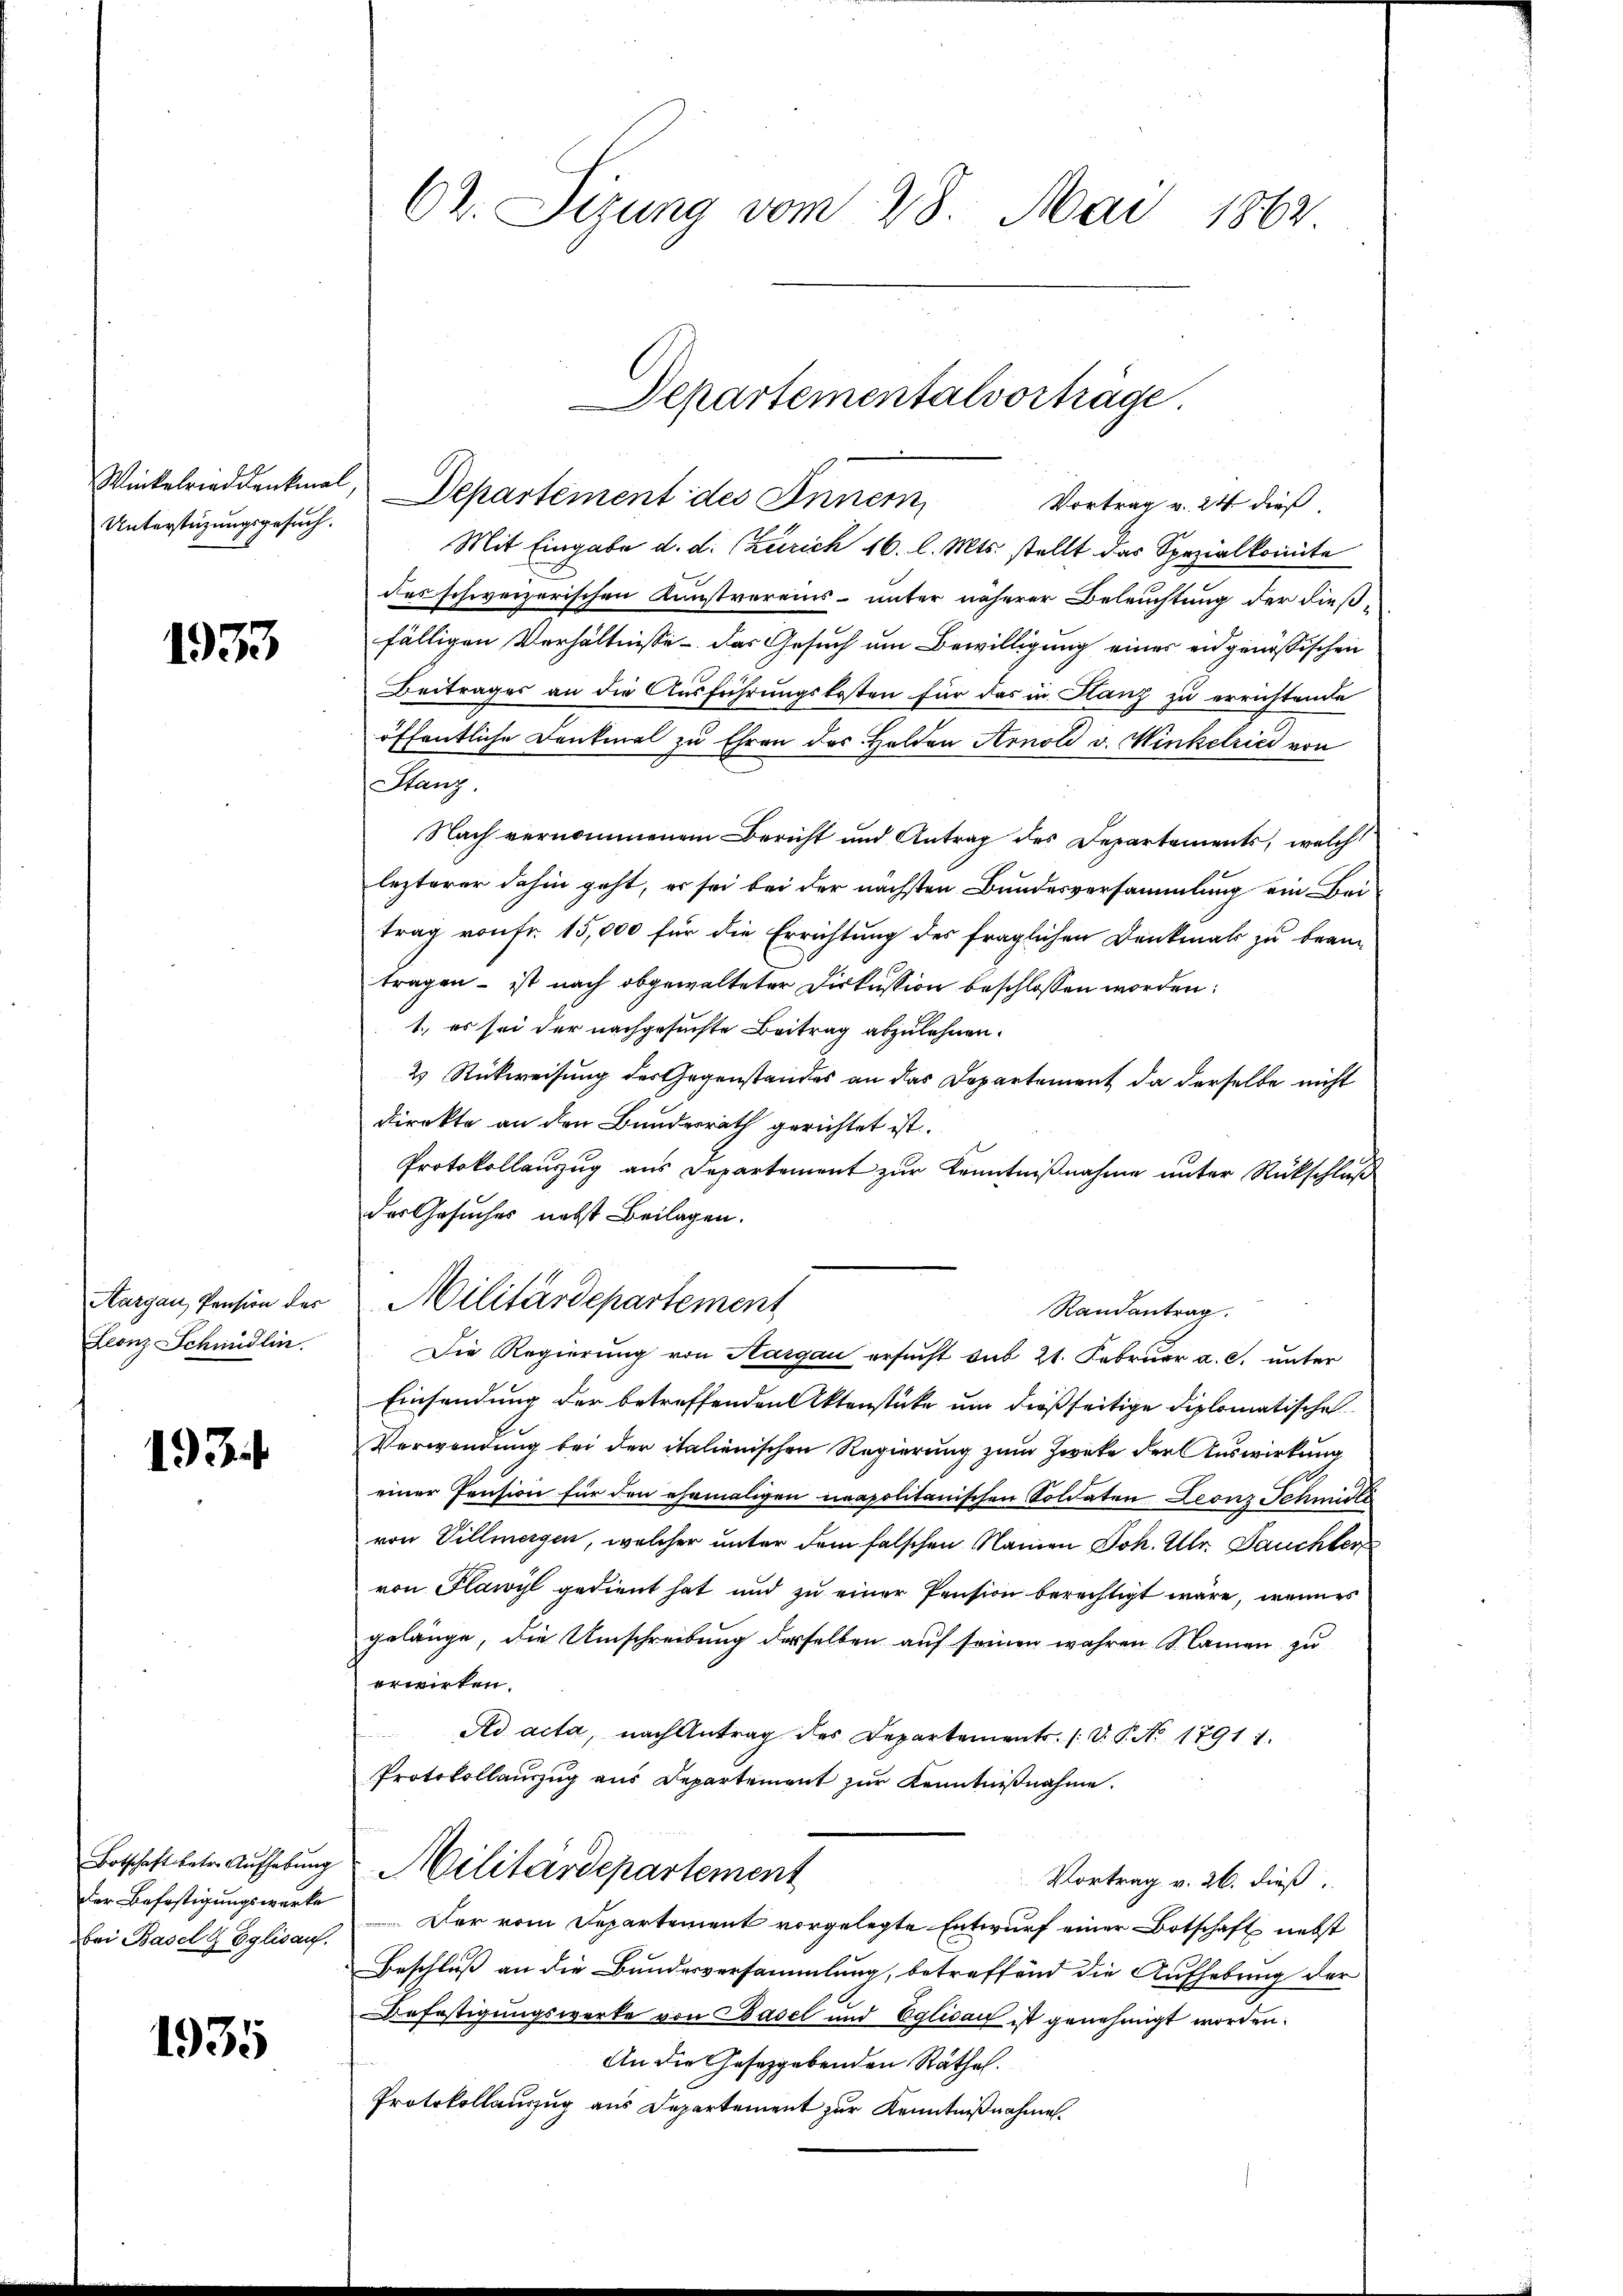
Unterstüzungsgesuch.

1933

Aargau, Pension des
Leonz Schmidlin.

193.

Botschaft betr. Aufhebung
Der Befestigungswerke
bei Basel & Eglisauf.

1935

62. Sizung vom 28. Mai 1862

Winkelrieddenkmal, Departement des Inner
Vortrag v. 24 dieß,
Mit Eingabe d. d. Zürich 16. l. Mts. stellt das Spezialkomite
des schweizerischen Kunstvereins- unter näherer Beleuchtung der dieß-
fälligen Verhältnisse das Gesuch um Bewilligung eines eidgenössischen
Beitrages an die Ausführungskosten für das in Hanz zu errichtende
öffentliche Denkmal zu Ehren des Holden Arnold v. Winkelrici von
Stanz
Nach vernommenem Bericht und Antrag des Departements, welche
lezterer dahin geht, er sei bei der nächsten Bundesversammlung ein Bei
trag von fr. 15,000 für die Errichtung des fraglichen Denkmals zu beantragen – ist nach abgewalteter Diskussion beschlossen worden:
1. es sei der nachgesuchte Beitrag abzulehnen.
2 Rückweisung des Gegenstandes an das Departement, da derselbe nicht
direkte an den Bundesrath gerichtet ist.
Protokollanzug aus Departement zur Kenntnißnahme unter Rückschluß
der Gesuches nebst Beilagen.
Randantrag.
Die Regierung von Aargau ersucht sub 21. Februar a. c. unter
Einsendung der betreffenden Aktenstücke um dießseitige diplomatische
Verwendung bei der italienischen Regierung zum Zweke der Auswirkung
einer Pension für den ehemaligen neapolitanischen Soldaten Leonz Schmidts
von Villmagen, welcher unter dem falschen Namen Joh. Ulr. Jauchter
von Plawyl gedient hat und zu einer Pension berechtigt wäre, wenn es
gelänge, die Umschreibung derselben auf seinen wahren Samen zu
erwirken.
Ad acta, nach Antrag des Departements. (: V. P. No 1791. 1.
Protokollanzug aus Departement zur Kenntnißnahme.
Militärdepartement
Vortrag v. 26. dieß,
Der vom Departement vorgelegte Entwurf einer Botschaft nebst
Beschluß an die Bundesversammlung, betreffend die Aufhebung der
Befestigungswerke von Basel und Eglisau ist genehmigt worden.
An die Gesetzgebenden Räthel.
Protokollauszug aus Departement zur Kenntnißnahmen.

Militärdepartement

Departementalvorträge